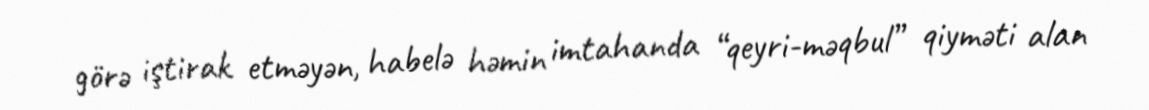
görə iştirak etməyən, habelə həmin imtahanda “qeyri-məqbul” qiyməti alan